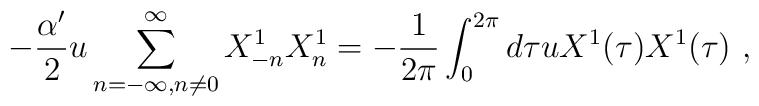
-\frac{\alpha'}{2}u\sum_{n=-\infty,n\neq 0}^{\infty} X_{-n}^1X_n^1=-\frac{1}{2\pi}\int_0^{2\pi} d\tau uX^1(\tau)X^1(\tau) \ ,